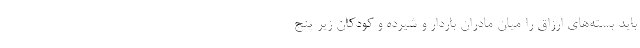
باید بسته‌های ارزاق را میان مادران باردار و شیرده و کودکان زیر پنج